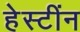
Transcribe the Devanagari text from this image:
हेस्टींन